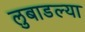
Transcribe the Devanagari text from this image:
लुबाडल्या